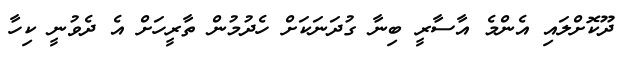
ދޫކޮށްލައި އެންމެ އާސާރީ ބިނާ ގުދަނަކަށް ހެދުމުން ތާރީހަށް އެ ދެވުނީ ކިހާ